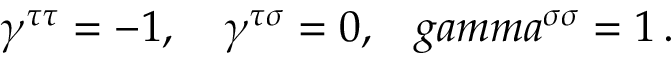
\gamma ^ { \tau \tau } = - 1 , \ \ \ \gamma ^ { \tau \sigma } = 0 , \ \ \, g a m m a ^ { \sigma \sigma } = 1 \, .